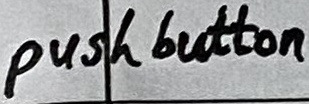
Text: push button